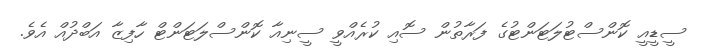
ސީޑީއީ ކޮންސްޓުލަޓަންޓުގެ ފަރާތުން ސޮއި ކުރެއްވީ ސީނިއާ ކޮންސްލަޓަންޓް ހާފިޒާ އަބްދުއް އެވެ.